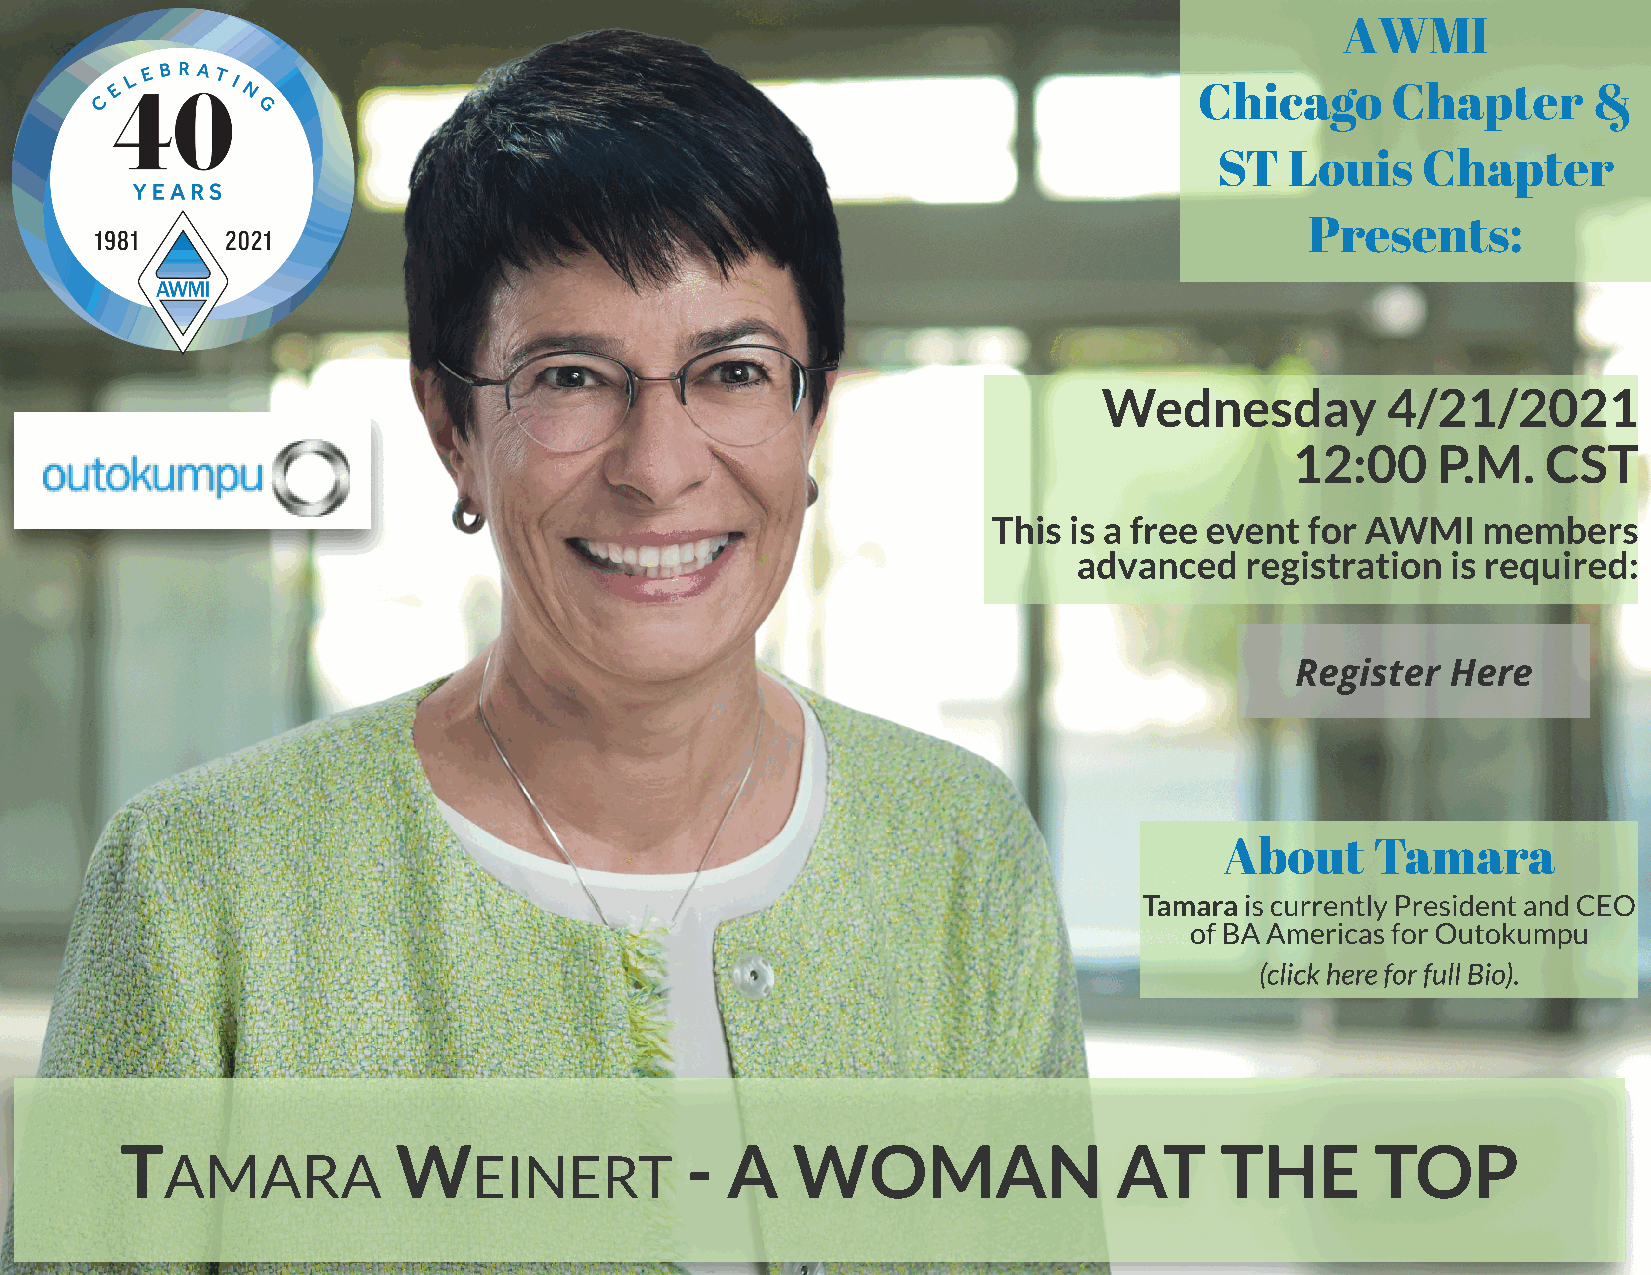
AWMI
 Chicago      Chapter      &
 ST  Louis    Chapter
 Pr esents:
 Wednesday          4/21/2021
 12:00    P.M.   CST
 This is a free event for AWMI   members
 advanced   registration  is required:
 Register  Here
 About     Tamar     a
 Tamara is currently President and CEO
 of BA Americas for Outokumpu
 (click here for full Bio).
 T                 W                  -  A   W    OM       AN      AT     THE       TOP
 AMARA               EINERT